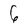
Character: 6